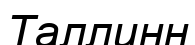
Таллинн